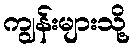
ကျွန်းများသို့